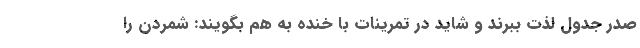
صدر جدول لذت ببرند و شاید در تمرینات با خنده به هم بگویند: شمردن را